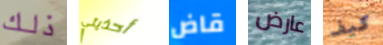
ذلك أحذيتي قاض عارض كيف